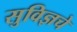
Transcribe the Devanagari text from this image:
सुविज्ञचे